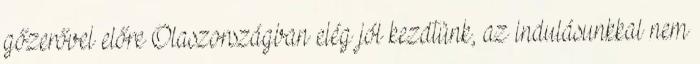
gőzerővel előre Olaszországban elég jól kezdtünk, az indulásunkkal nem